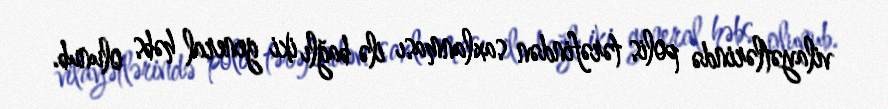
vilayətlərində polis tərəfindən saxlanması ilə bağlı iki general həbs olunub.